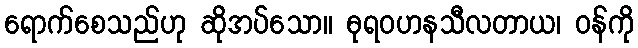
ရောက်စေသည်ဟု ဆိုအပ်သော။ ဓုရဝဟနသီလတာယ၊ ဝန်ကို